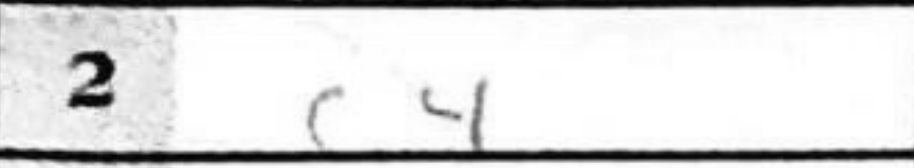
Transcription: c4